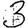
Digit: 3